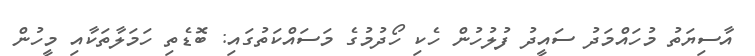
އާސިޔަތު މުހައްމަދު ސައީދު ފުލުހުން ހެކި ހޯދުމުގެ މަސައްކަތުގައި: ބޮޑެތި ހަމަލާތަކާއި މީހުން